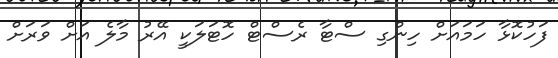
ފަހުކޮޅާ ހަމައަށް ހިންގި ސްޓާ ރެސްޓް ހޮޓަލަކީ އޭރު މާލެ އަށް ވަރަށް